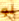
لو